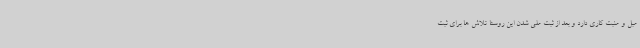
مبل و منبت کاری دارد و بعد از ثبت ملی شدن این روستا تلاش ها برای ثبت